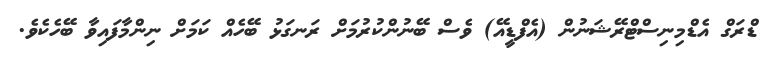
ޑްރަގް އެޑްމިނިސްޓްރޭޝަނުން (އެފްޑީއޭ) ވެސް ބޭނުންކުރުމަށް ރަނގަޅު ބޭހެއް ކަމަށް ނިންމާފައިވާ ބޭހެކެވެ.